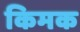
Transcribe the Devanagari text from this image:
किमक